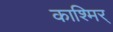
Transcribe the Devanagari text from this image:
काश्मिर्